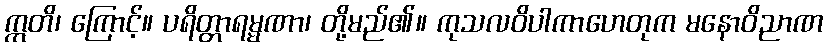
ဣတိ၊ ကြောင့်။ ပရိတ္တာရမ္မဏာ၊ တို့မည်၏။ ကုသလဝိပါကာဟေတုက မနောဝိညာဏ